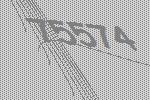
75574